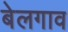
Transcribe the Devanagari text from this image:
बेलगाव